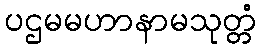
ပဌမမဟာနာမသုတ္တံ